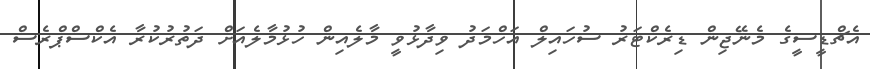
އެޗްޑީސީގެ މެނޭޖިން ޑިރެކްޓަރު ސުހައިލް އަހްމަދު ވިދާޅުވީ މާލެއިން ހުޅުމާލެއަށް ދަތުރުކުރާ އެކްސްޕްރެސް